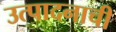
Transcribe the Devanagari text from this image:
उत्‍पादनाची